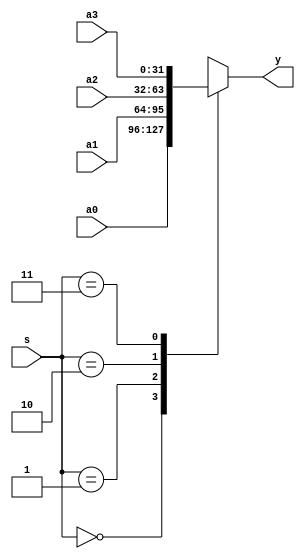
`timescale 1ns / 1ps
//////////////////////////////////////////////////////////////////////////////////
// Company: 
// Engineer: 
// 
// Design Name: 
// Module Name:    mux4x32 
// Project Name: 
// Target Devices: 
// Tool versions: 
// Description: 
//
// Dependencies: 
//
// Revision: 
// Revision 0.01 - File Created
// Additional Comments: 
//
//////////////////////////////////////////////////////////////////////////////////

module mux4x32 (a0,a1,a2,a3,s,y); // 4-to-1 multiplexer, 32-bit
input [31:0] a0, a1, a2, a3; // inputs, 32 bits
input [1:0] s; // input, 2 bits
output [31:0] y; // output, 32 bits
function [31:0] select; // function name (= return value, 32 bits)
input [31:0] a0,a1,a2,a3; // notice the order of the input arguments
input [1:0] s; // notice the order of the input arguments
case (s) // cases:
2'b00: select = a0; // if (s==0) return value = a0
2'b01: select = a1; // if (s==1) return value = a1
2'b10: select = a2; // if (s==2) return value = a2
2'b11: select = a3; // if (s==3) return value = a3
endcase
endfunction
assign y = select(a0,a1,a2,a3,s); // call the function with parameters
endmodule